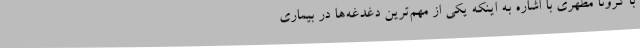
با کرونا مطهری با اشاره به اینکه یکی از مهم‌ترین دغدغه‌ها در بیماری